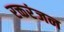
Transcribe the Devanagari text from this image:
रक्तरंजन